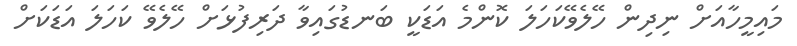
މައިމީހާއަށް ނިދިން ހޭލެވޭކަހަލަ ކޮންމެ އަޑަކީ ބަނޑުގައިވާ ދަރިފުޅަށް ހޭލެވޭ ކަހަލަ އަޑަކަށް